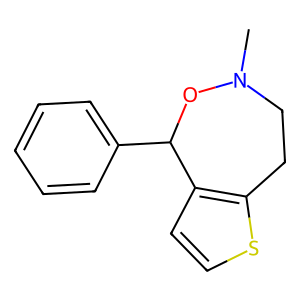
SMILES: CN1CCc2sccc2C(c2ccccc2)O1
Inhibits HIV replication: No